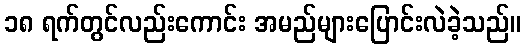
၁၈ ရက်တွင်လည်းကောင်း အမည်များပြောင်းလဲခဲ့သည်။